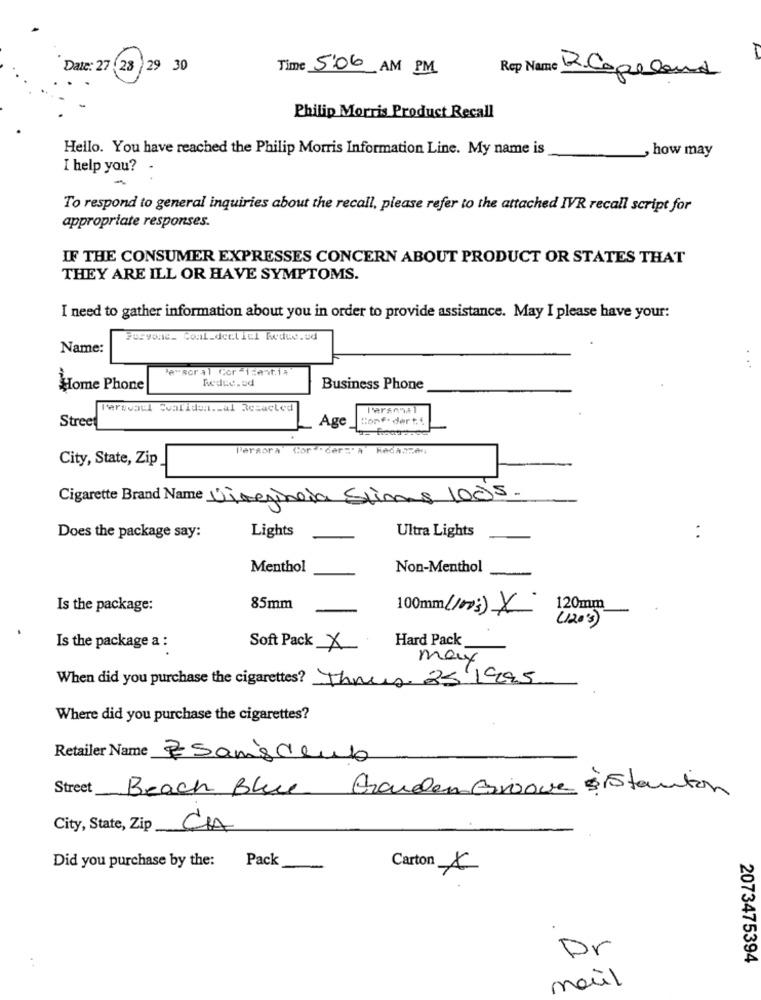
Date: 27 28 29 30
Time 5:06 AM PM
Rep Name 12 Copeland
Philip Morris Product Recall
Hello. You have reached the Philip Morris Information Line. My name is
how may
I help you? -
To respond to general inquiries about the recall, please refer to the attached IVR recall script for
appropriate responses.
IF THE CONSUMER EXPRESSES CONCERN ABOUT PRODUCT OR STATES THAT
THEY ARE ILL OR HAVE SYMPTOMS.
I need to gather information about you in order to provide assistance. May I please have your:
Foryonc_ Coal_deel iel Redes.ud
Name:
Persoral Cor -15est14
Redes.od
Home Phone
Business Phone
Terevall Svaliden .- al Resacted
Personal
Stree
Age
Conf: der t4
Paraora
Cor " der:" a
City, State, Zip
Cigarette Brand Name Virgineda Stimes 1005.
Lights
Ultra Lights
Does the package say:
. .
Menthol
Non-Menthol
Is the package:
85mm
100mm (100;) X
120mm
( 120'3)
Hard Pack
Is the package a :
Soft Pack X
may
When did you purchase the cigarettes? Thrus 25/1995
Where did you purchase the cigarettes?
Retailer Name ESansclub
Street
Beach Blue
Garden Grove sistanton
City, State, Zip
CA
Did you purchase by the: Pack
Carton A
Dr
2073475394
..